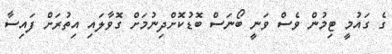
ގެ ގައުމީ ޓިމުން ވެސް ވަނީ ބޯނަސް ބޮޑުކޮށްދިނުމަށް ގޮވާލައި އިތުރަށް ފައިސާ